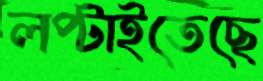
লপ্‌টাইতেছে